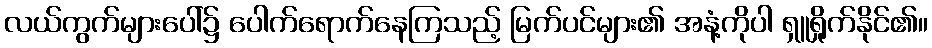
လယ်ကွက်များပေါ်၌ ပေါက်ရောက်နေကြသည့် မြက်ပင်များ၏ အနံ့ကိုပါ ရှူရှိုက်နိုင်၏။